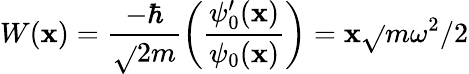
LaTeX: W(\mathbf{x})={\frac{{-\hbar}}{{\sqrt{}{{2m}}}}}{\bigg(}{\frac{{\psi_{0}^{\prime}(\mathbf{x})}}{{\psi_{0}(\mathbf{x})}}}{\bigg)}=\mathbf{x}{\sqrt{}{{m\omega^{2}/2}}}